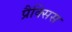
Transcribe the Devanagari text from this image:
प्रैक्सिस